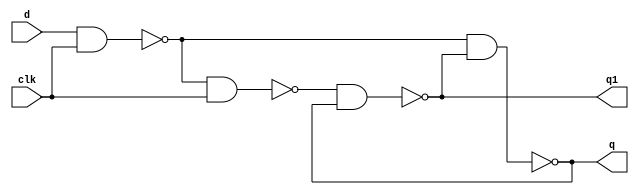
module dff_base(output q, q1, input d, clk);
  wire a, b;
  nand(a, d, clk);
  nand(b, a, clk);
  nand(q, a, q1);
  nand(q1, b, q);
endmodule

module dff_re(output q, q1, input d, clk);
  wire a, b, clk1, clk2, clk3, clk4, clk5;
  nand(clk1, clk);
  nand(clk2, clk1);
  nand(clk3, clk2);
  nand(clk4, clk, clk3);
  nand(clk5, clk4);
  dff_base dff1(q, q1, d, clk5);
endmodule